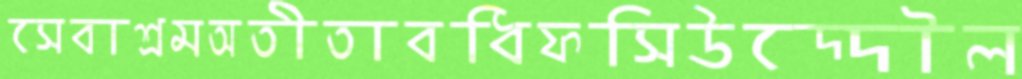
সেবাশ্রমঅতীতাবধিফসিউদ্দৌল